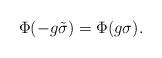
LaTeX: \begin{align*} \Phi(-g\tilde \sigma) = \Phi(g\sigma).\end{align*}